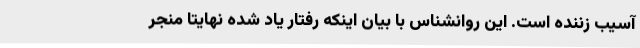
آسیب زننده است. این روانشناس با بیان اینکه رفتار یاد شده نهایتا منجر